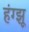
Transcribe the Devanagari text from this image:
हंग्झू